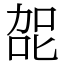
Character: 㖙